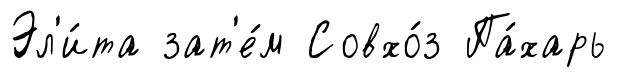
Эл'и́та зат'е́м Совхо́з Па́харь